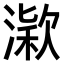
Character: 𣼋